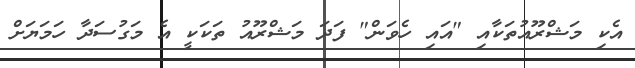
އެކި މަޝްރޫއުތަކާއި "އައި ހެވަން" ފަދަ މަޝްރޫއު ތަކަކީ އެ މަގުސަދާ ހަމަޔަށް